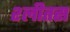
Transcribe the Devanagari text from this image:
श्लीतस